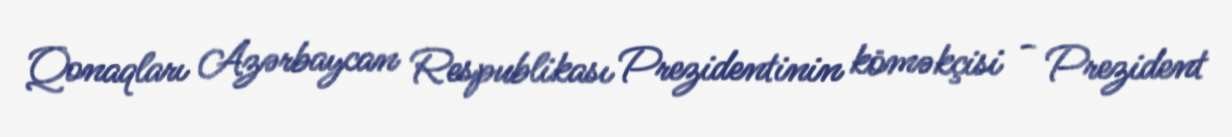
Qonaqları Azərbaycan Respublikası Prezidentinin köməkçisi - Prezident